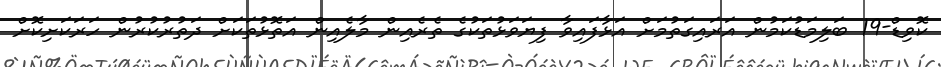
ކޮވިޑް-19 ބަލިމަޑުކަމުން އަރައިގަތުމަށް އަޅާފައިވާ ފިޔަވަޅުތަކުގެ ތެރެއިން މާލެއިން އަތޮޅުތަކަށް ދަތުރުކުރުން ހަރަކަށިކޮށް